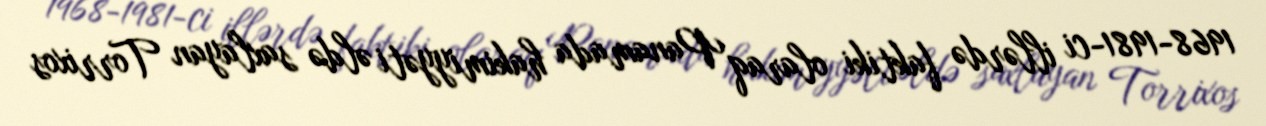
1968-1981-ci illərdə faktiki olaraq Panamada hakimiyyəti əldə saxlayan Torrixos